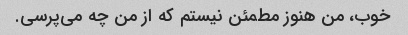
خوب، من هنوز مطمئن نیستم که از من چه می‌پرسی.